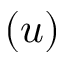
( u )